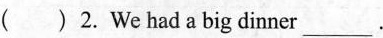
( ) 2. We had a big dinner ___.